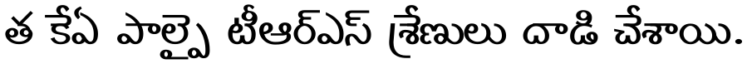
త కేఏ పాల్పై టీఆర్ఎస్ శ్రేణులు దాడి చేశాయి.